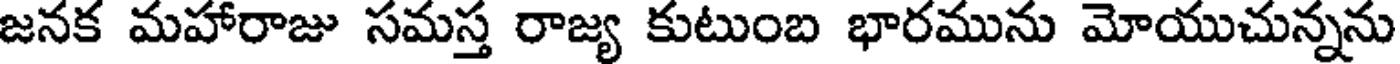
జనక మహారాజు సమస్త రాజ్య కుటుంబ భారమును మోయుచున్నను